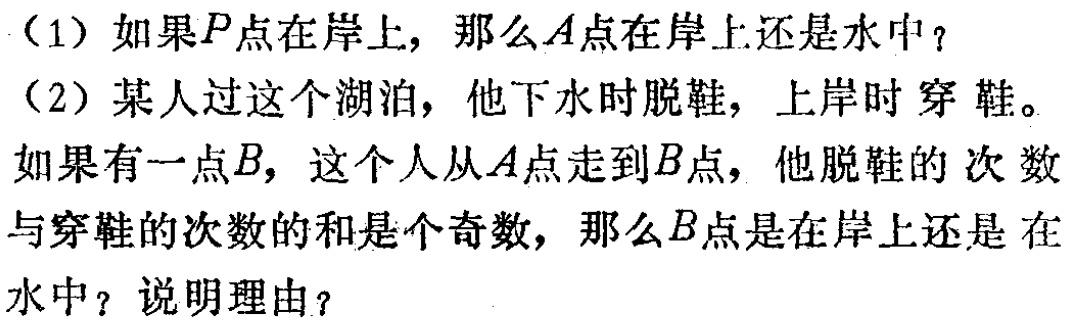
（1）如果\(P\)点在岸上，那么\(A\)点在岸上还是水中？

（2）某人过这个湖泊，他下水时脱鞋，上岸时穿鞋。

如果有一点\(B\)，这个人从\(A\)点走到\(B\)点，他脱鞋的次数与穿鞋的次数的和是个奇数，那么\(B\)点是在岸上还是在水中？说明理由？